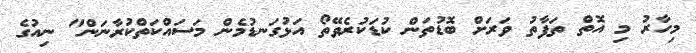
މިހާރު މި އޮތް ތަފާތު ވަރަށް ބޮޑުތަން ކުޑަކުރެވޭތޯ އަޅުގަނޑުމެން މަސައްކަތްކުރާނަން" ނިއުގެ